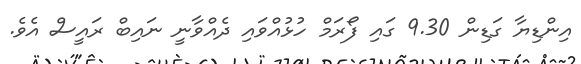
އިންޑިޔާ ގަޑިން 9.30 ގައި ފޯރަމް ހުޅުއްވައި ދެއްވާނީ ނައިބް ރައީސް އެވެ.